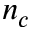
n _ { c }